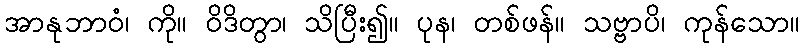
အာနုဘာဝံ၊ ကို။ ဝိဒိတွာ၊ သိပြီး၍။ ပုန၊ တစ်ဖန်။ သဗ္ဗာပိ၊ ကုန်သော။